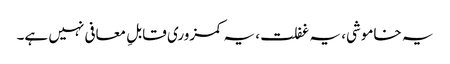
یہ خاموشی، یہ غفلت، یہ کمزوری قابلِ معافی نہیں ہے۔